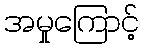
အမှုကြောင့်